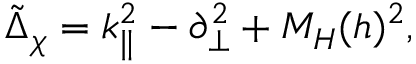
\tilde { \Delta } _ { \chi } = k _ { \| } ^ { 2 } - \partial _ { \bot } ^ { 2 } + M _ { H } ( h ) ^ { 2 } ,